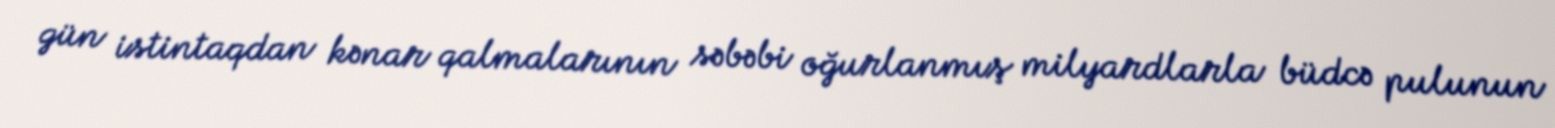
gün istintaqdan kənar qalmalarının səbəbi oğurlanmış milyardlarla büdcə pulunun